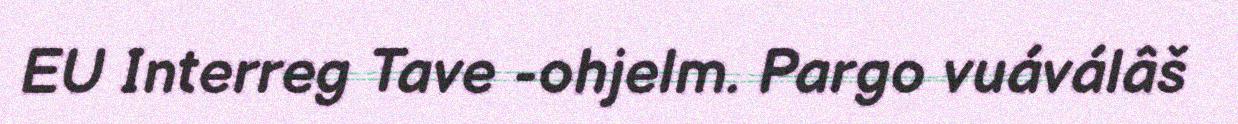
EU Interreg Tave -ohjelm. Pargo vuáválâš